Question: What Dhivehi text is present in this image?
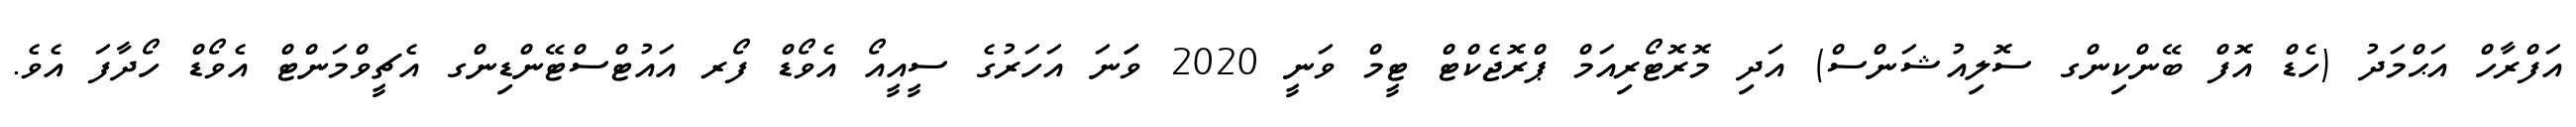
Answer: އަފްރާހް އަޙްމަދު (ހެޑް އޮފް ބޭންކިންގ ސޮލިއުޝަންސް) އަދި މޮރޮޓޯރިއަމް ޕްރޮޖެކްޓް ޓީމް ވަނީ 2020 ވަަނަ އަހަރުގެ ސީއީއޯ އެވޯޑް ފޯރ އައުޓްސްޓޭންޑިންގ އެޗީވްމަންޓް އެވޯޑް ހޯދާފަ އެވެ.